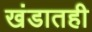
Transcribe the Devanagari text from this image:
खंडातही